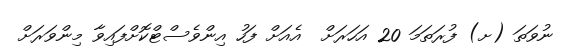
ނުވަތަ (ށ) ފުރަތަމަ 20 އަހަރަށް  އެއަށް ފަހު އިންވެސްޓްކޮށްފައިވާ މިންވަރަށް